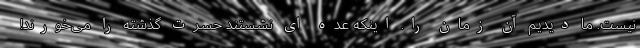
نیست. ما دیدیم آن زمان را. اینکه عده ای نشستند حسرت گذشته را می‌خورند!